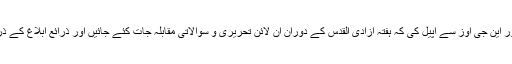
انہوں نے پاکستان کی تمام سیاسی ومذہبی جماعتوں سمیت سول سوسائٹی اور این جی اوز سے اپیل کی کہ ہفتۂ آزادی القدس کے دوران آن لائن تحریری و سوالاتی مقابلہ جات کئے جائیں اور ذرائع ابلاغ کے ذریعہ پاکستان بھر کے عوام فلسطینیوں کی مظلومیت کا پیغام پہنچایا جائے۔